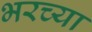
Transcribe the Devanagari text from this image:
भरच्या